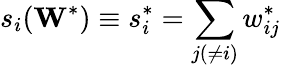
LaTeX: s_{i}(\mathbf{W}^{*})\equiv s_{i}^{*}=\sum_{j(\neq i)}w_{ij}^{*}